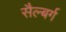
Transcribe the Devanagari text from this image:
सैल्बर्ग